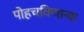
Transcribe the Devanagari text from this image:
पोहचविणाऱ्या